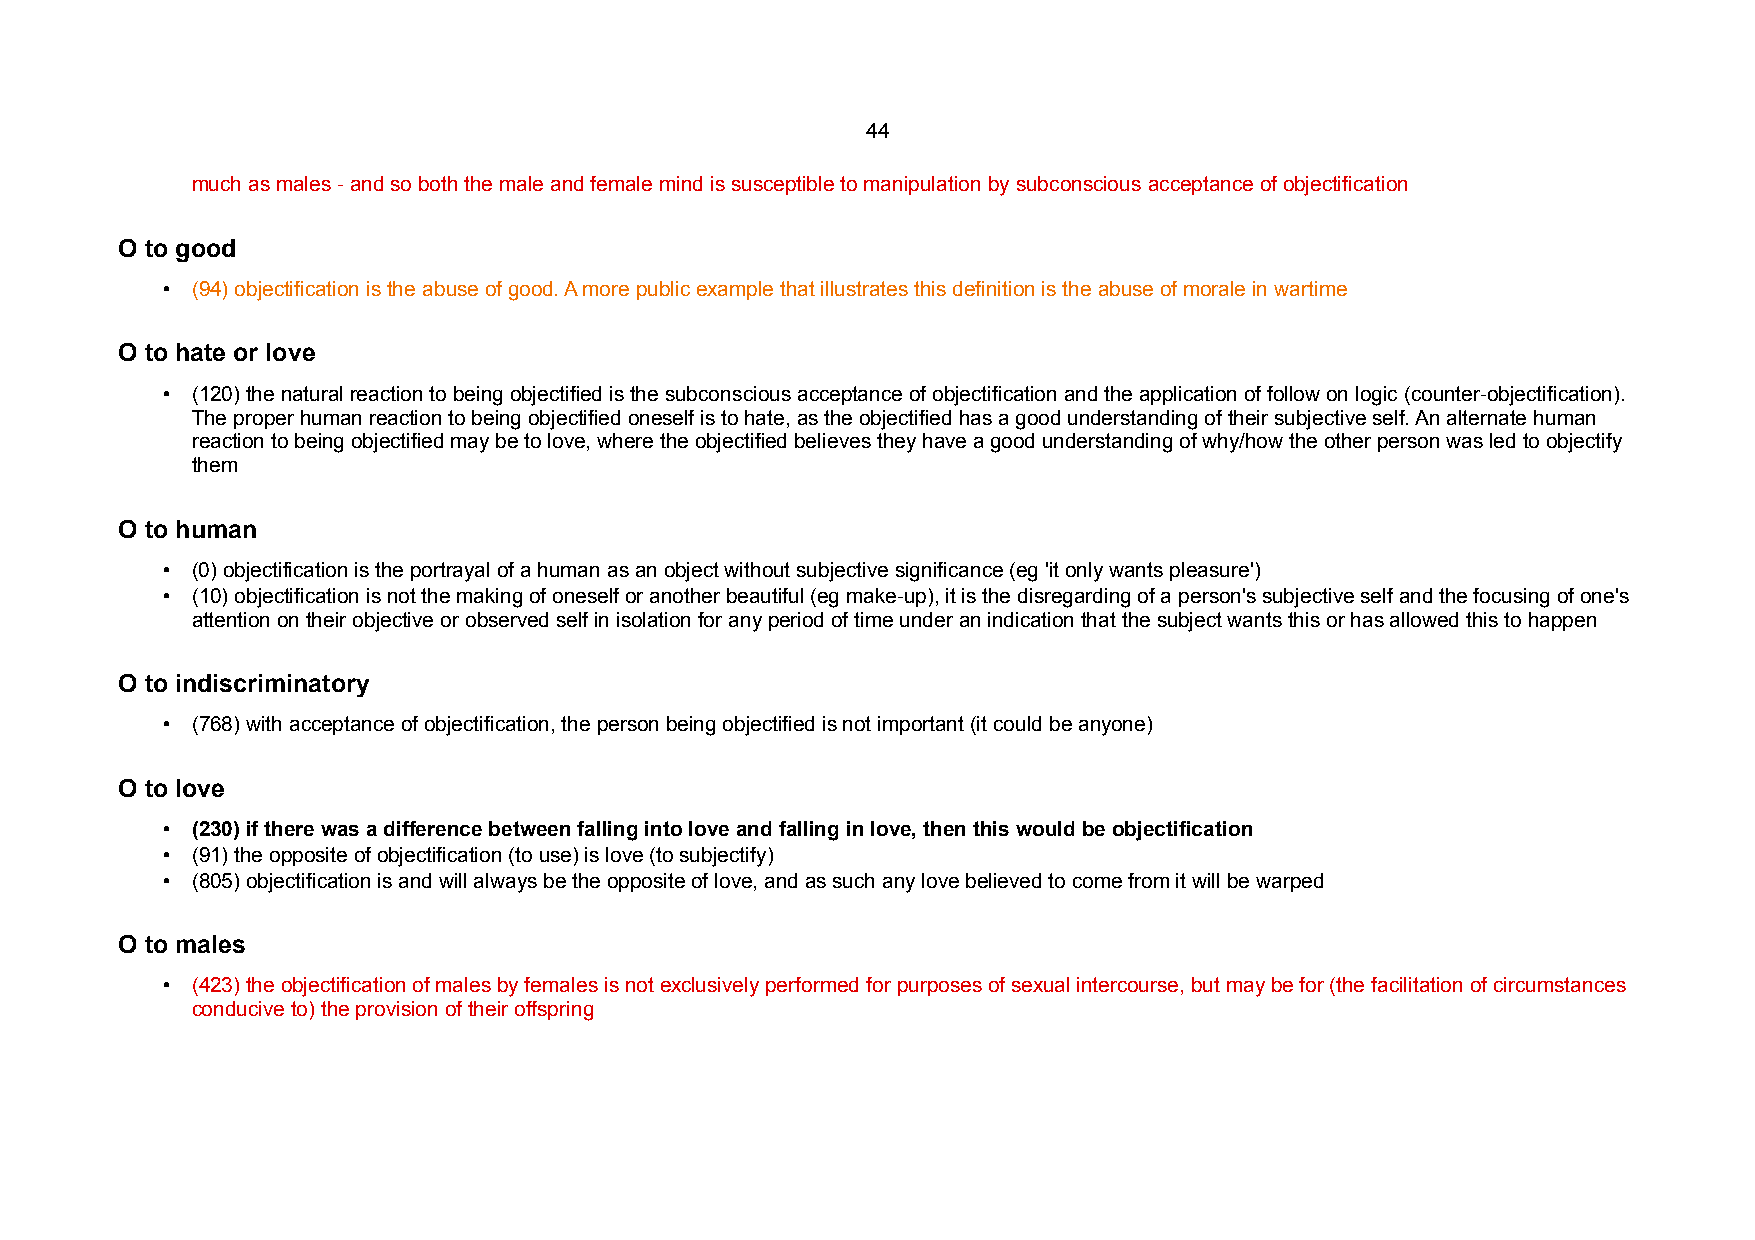
44
 much as males - and so both the male and female mind is susceptible to manipulation by subconscious acceptance of objectification
 O to good
 • (94) objectification is the abuse of good. A more public example that illustrates this definition is the abuse of morale in wartime
 O to hate or love
 • (120) the natural reaction to being objectified is the subconscious acceptance of objectification and the application of follow on logic (counter-objectification).
 The proper human reaction to being objectified oneself is to hate, as the objectified has a good understanding of their subjective self. An alternate human
 reaction to being objectified may be to love, where the objectified believes they have a good understanding of why/how the other person was led to objectify
 them
 O to human
 • (0) objectification is the portrayal of a human as an object without subjective significance (eg 'it only wants pleasure')
 • (10) objectification is not the making of oneself or another beautiful (eg make-up), it is the disregarding of a person's subjective self and the focusing of one's
 attention on their objective or observed self in isolation for any period of time under an indication that the subject wants this or has allowed this to happen
 O to indiscriminatory
 • (768) with acceptance of objectification, the person being objectified is not important (it could be anyone)
 O to love
 • (230) if there was a difference between falling into love and falling in love, then this would be objectification
 • (91) the opposite of objectification (to use) is love (to subjectify)
 • (805) objectification is and will always be the opposite of love, and as such any love believed to come from it will be warped
 O to males
 • (423) the objectification of males by females is not exclusively performed for purposes of sexual intercourse, but may be for (the facilitation of circumstances
 conducive to) the provision of their offspring